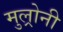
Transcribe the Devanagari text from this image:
मुल्रोनी